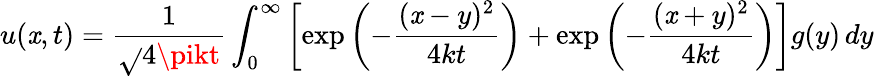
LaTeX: u(\mathit{x},t)={\frac{{1}}{{\sqrt{}{{4\pikt}}}}}\int_{0}^{\infty}\left[\exp\left(-{\frac{{(\mathit{x}-y)^{2}}}{{4kt}}}\right)+\exp\left(-{\frac{{(\mathit{x}+y)^{2}}}{{4kt}}}\right)\right]g(y)\, dy